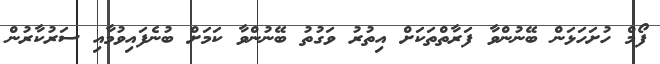
ފޯމް ހުށަހަޅަން ބޭނުންވާ ފަރާތްތަކަށް އިތުރު ވަގުތު ބޭނުންވާ ކަމަށް ބުނެފައިވުމާއި ސަރުކާރުން